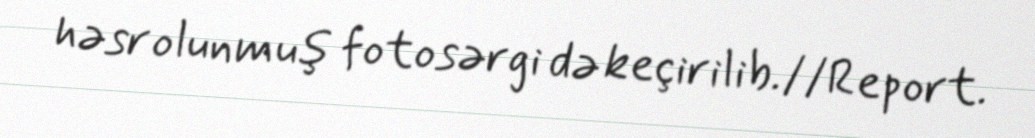
həsr olunmuş fotosərgi də keçirilib.//Report.